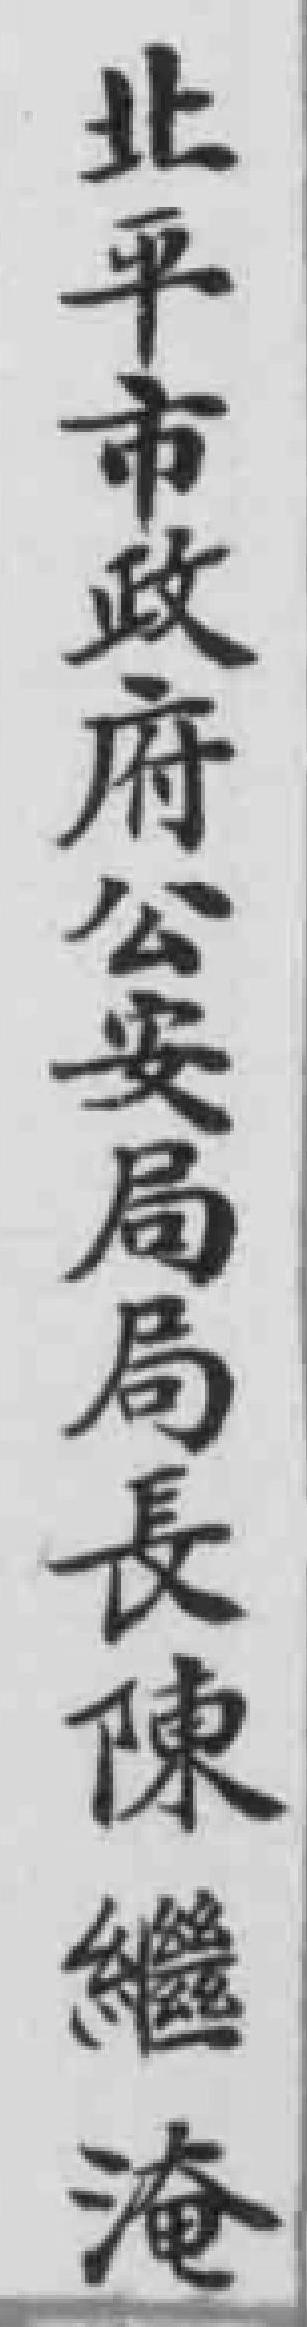
北平市政府公安局局長陳繼淹